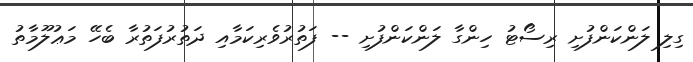
ގިލި ލަންކަންފުށި ރިސޯޓު ހިންގާ ލަންކަންފުށި -- ފަތުރުވެރިކަމާއި ދަތުރުފަތުރާ ބެހޭ މަޢުލޫމާތު